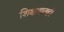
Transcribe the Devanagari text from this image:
शिक्षणातही